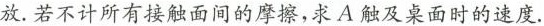
放.若不计所有接触面间的摩擦，求A触及桌面时的速度.